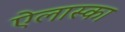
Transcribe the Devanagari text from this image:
ऐलास्का